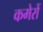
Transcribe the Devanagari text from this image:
कमेरों